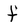
Character: f